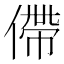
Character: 僀